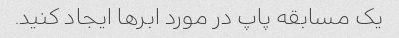
یک مسابقه پاپ در مورد ابرها ایجاد کنید.